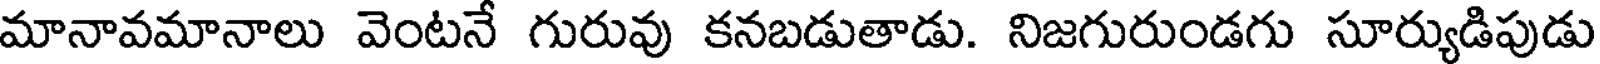
మానావమానాలు వెంటనే గురువు కనబడుతాడు. నిజగురుండగు సూర్యుడిపుడు